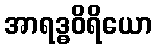
အာရဒ္ဓဝိရိယော